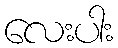
လေးပါး